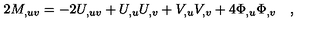
2 M _ { , u v } = - 2 U _ { , u v } + U _ { , u } U _ { , v } + V _ { , u } V _ { , v } + 4 \Phi _ { , u } \Phi _ { , v } \quad ,